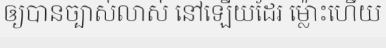
ឲ្យបានច្បាស់លាស់ នៅឡើយដែរ ម្ល៉ោះហើយ